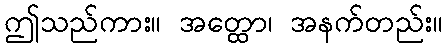
ဤသည်ကား။ အတ္ထော၊ အနက်တည်း။